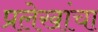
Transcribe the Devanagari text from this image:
प्रलेखांचा